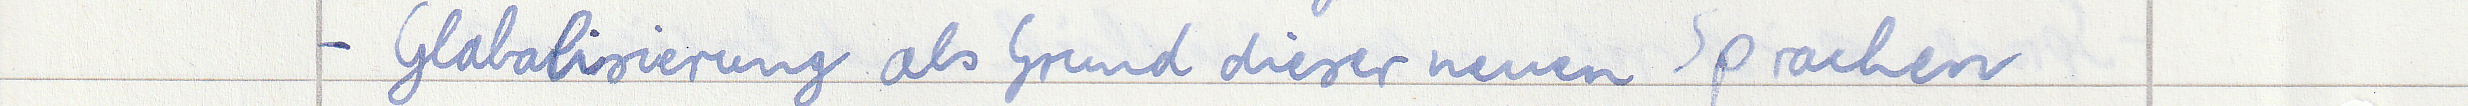
- Globalisierung als Grund dieser neuen Sprachen